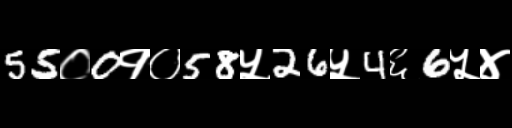
Text: 55०0१०58५26५4६6५४